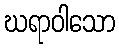
ဃရာဝါသော